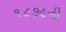
૧૮૭૯ની